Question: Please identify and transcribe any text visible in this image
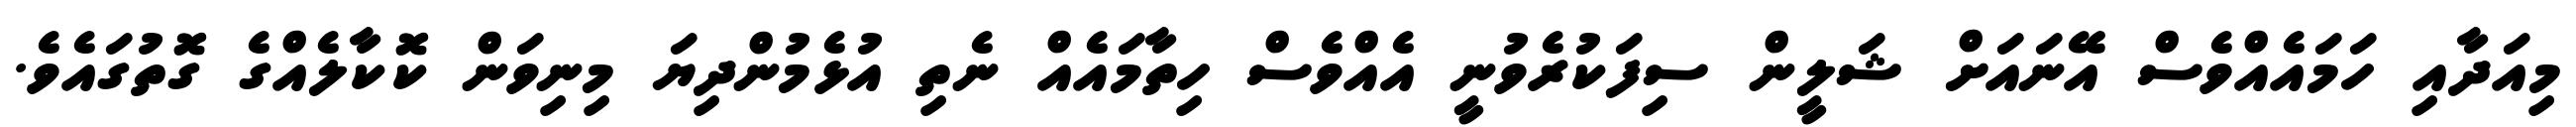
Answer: މިއަދާއި ހަމައެއްވެސް އޭނައަށް ޝަލީން ސިފަކުރެވުނީ އެއްވެސް ހިތާމައެއް ނެތި އުޅެމުންދިޔަ މިނިވަން ކޮކާލެއްގެ ގޮތުގައެވެ.